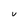
Character: V